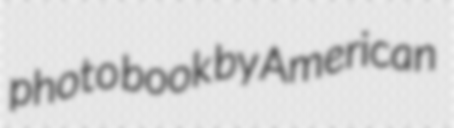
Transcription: photo book by American